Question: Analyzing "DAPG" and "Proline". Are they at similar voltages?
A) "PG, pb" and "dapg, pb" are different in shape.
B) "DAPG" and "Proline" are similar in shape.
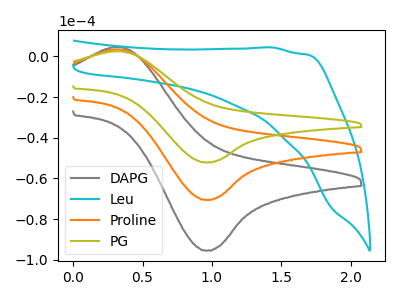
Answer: <think>The gray curve "DAPG" has an anodic peak at (0.35V, 4.60uA) and a cathodic peak at (0.95V, -95.50uA). The cyan curve "Leu" has no peaks. The orange curve "Proline" has an anodic peak at (0.35V, 3.40uA) and a cathodic peak at (0.95V, -70.55uA). The olive curve "PG" has an anodic peak at (0.35V, 6.80uA) and a cathodic peak at (0.95V, -141.10uA).
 All the peaks in "DAPG" have a peak in "Proline" at the same potential. Every peak in "DAPG" is higher than every peak in "Proline".</think>
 <answer>B) "DAPG" and "Proline" are similar in shape.</answer>
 <eval>B</eval>